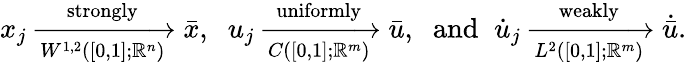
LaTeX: x_{j}\xrightarrow[{W^{1,2}([0,1];\mathbb{R}^{n})}]{\textnormal{strongly}}\bar{x},\; \; {u}_{j}\xrightarrow[{C([0,1];\mathbb{R}^{m})}]{\textnormal{uniformly}}{\bar{u}},\; \; \mathrm{and}\; \; \dot{u}_{j}\xrightarrow[{L^{2}([0,1];\mathbb{R}^{m})}]{\textnormal{weakly}}\dot{\bar{u}}.